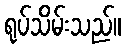
ရုပ်သိမ်းသည်။